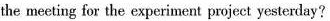
the meeting for the experiment project yesterday?